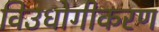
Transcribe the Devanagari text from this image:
विउधोगीकरण